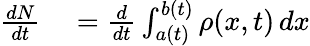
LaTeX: \begin{array}{rl}{{}{\frac{dN}{dt}}}&{{}={\frac{d}{dt}}\int_{a(t)}^{b(t)}\rho(x,t)\, dx}\end{array}